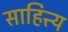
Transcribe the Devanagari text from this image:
साहित्त्य